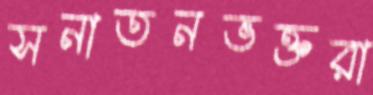
সনাতনভক্তরা